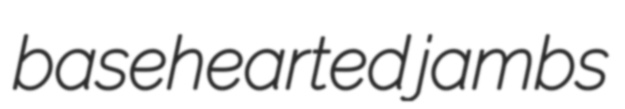
basehearted jambs